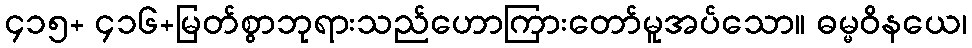
၄၁၅+ ၄၁၆+မြတ်စွာဘုရားသည်ဟောကြားတော်မူအပ်သော။ ဓမ္မဝိနယေ၊